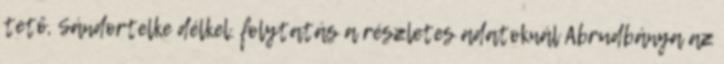
tető, Sándortelke délkel. folytatás a részletes adatoknál Abrudbánya az